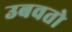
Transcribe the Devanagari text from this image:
उबवतो